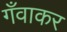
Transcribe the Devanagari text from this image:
गँवाकर